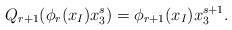
LaTeX: \begin{align*}Q_{r+1} (\phi_r(x_I)x_3^s)=\phi_{r+1}(x_I)x_3^{s+1}.\end{align*}